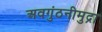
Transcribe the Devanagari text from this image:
अवगुंठनीमुद्रा